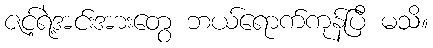
ဇင့်ရဲ့အင်းအားတွေ ဘယ်ရောက်ကုန်ပြီ မသိ။